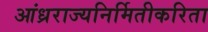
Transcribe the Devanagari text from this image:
आंध्रराज्यनिर्मितीकरिता